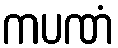
ကပဏံ